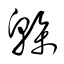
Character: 榦